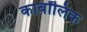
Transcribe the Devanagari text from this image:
कार्बोंलिक